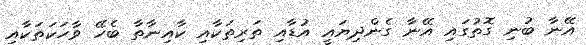
އޭނާ ބުނި ގޮތުގައި އޭނާ ގެންދިޔައީ އުޑާއި ތަަރިތަކާއި ކާއިނާތާ ބެހޭ ވާހަކަތަކާއި